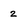
Character: 2